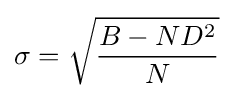
\sigma ={\sqrt {\frac {B-ND^{2}}{N}}}